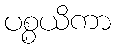
ပစ္စယိကာ